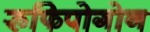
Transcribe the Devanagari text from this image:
रुफिपोगोन